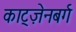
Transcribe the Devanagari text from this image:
काट्ज़ेनबर्ग